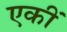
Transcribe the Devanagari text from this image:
एकीं